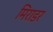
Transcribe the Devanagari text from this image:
मिराडर